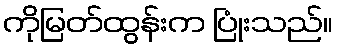
ကိုမြတ်ထွန်းက ပြုံးသည်။